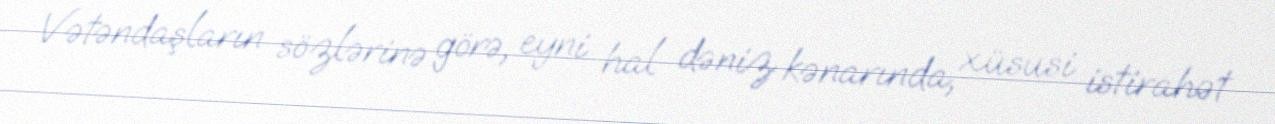
Vətəndaşların sözlərinə görə, eyni hal dəniz kənarında, xüsusi istirahət